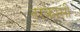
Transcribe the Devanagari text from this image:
नरकासी